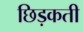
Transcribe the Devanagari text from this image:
छिड़कती